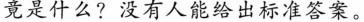
竟是什么?没有人能给出标准答案。